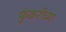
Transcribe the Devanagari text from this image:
फुंकरीच्या